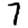
Digit: 7